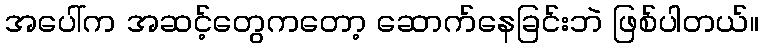
အပေါ်က အဆင့်တွေကတော့ ဆောက်နေခြင်းဘဲ ဖြစ်ပါတယ်။